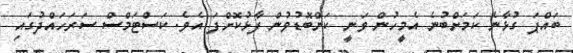
ބައްޕަ ގުޅާނެ ކަމަށްބުނެ އެމީހުން ވަނީ ކަންބޮޑުވުން ފާޅުކޮށްފަ އެވެ. ކަސްޓަމްސް ސަރަހައްދުގައި